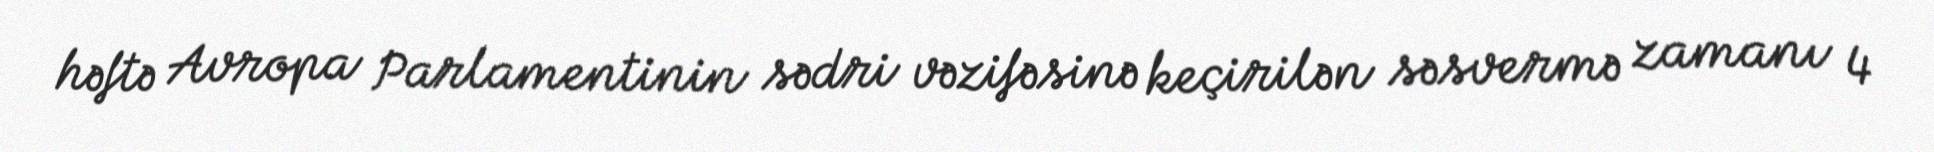
həftə Avropa Parlamentinin sədri vəzifəsinə keçirilən səsvermə zamanı 4